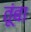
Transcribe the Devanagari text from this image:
तूंबा